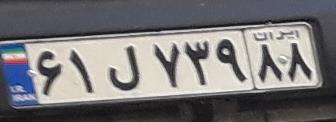
۶۱ل۷۳۹۸۸